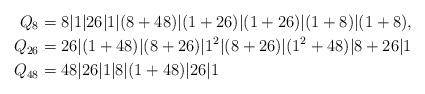
LaTeX: \begin{align*}Q_{8} &= 8 | 1 | 26 | 1 | (8 + 48) | (1 + 26) | (1 + 26) | (1 + 8) | (1 + 8),\\Q_{26} &= 26 | (1 + 48) | (8 + 26) | 1^{2} | (8 + 26) | (1^{2} + 48) | 8 + 26 | 1 \\Q_{48} &= 48 | 26 | 1 | 8 | (1 + 48) | 26 | 1\end{align*}